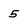
Character: 5